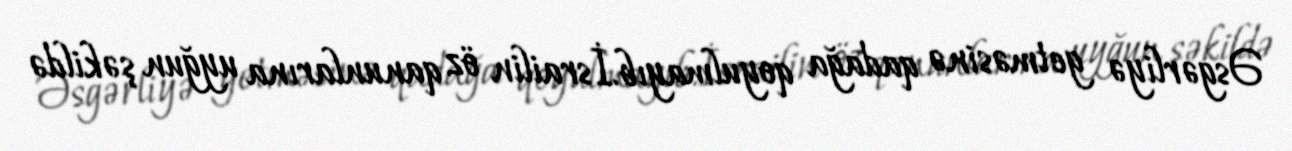
Əsgərliyə getməsinə qadağa qoyulmayıb.İsrailin öz qanunlarına uyğun şəkildə